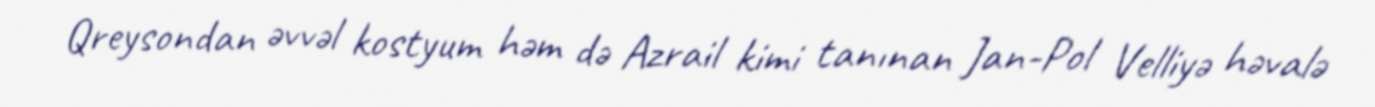
Qreysondan əvvəl kostyum həm də Azrail kimi tanınan Jan-Pol Velliyə həvalə